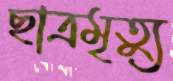
ছাত্রমৃত্যু